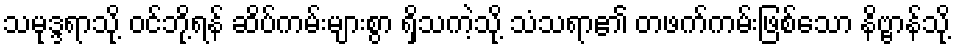
သမုဒ္ဒရာသို့ ဝင်ဘို့ရန် ဆိပ်ကမ်းများစွာ ရှိသကဲ့သို့ သံသရာ၏ တဖက်ကမ်းဖြစ်သော နိဗ္ဗာန်သို့